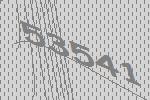
53541